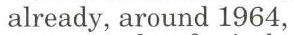
already, around 1964,